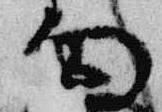
雨